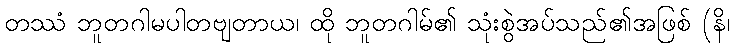
တဿံ ဘူတဂါမပါတဗျတာယ၊ ထို ဘူတဂါမ်၏ သုံးစွဲအပ်သည်၏အဖြစ် (နိ၊